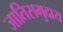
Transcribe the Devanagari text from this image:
जातिसमुदाय